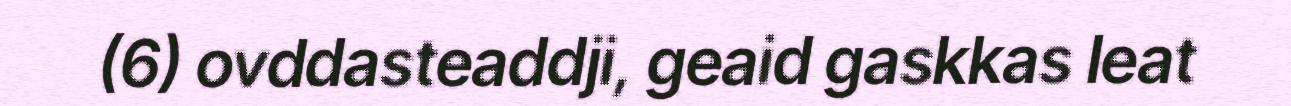
(6) ovddasteaddji, geaid gaskkas leat